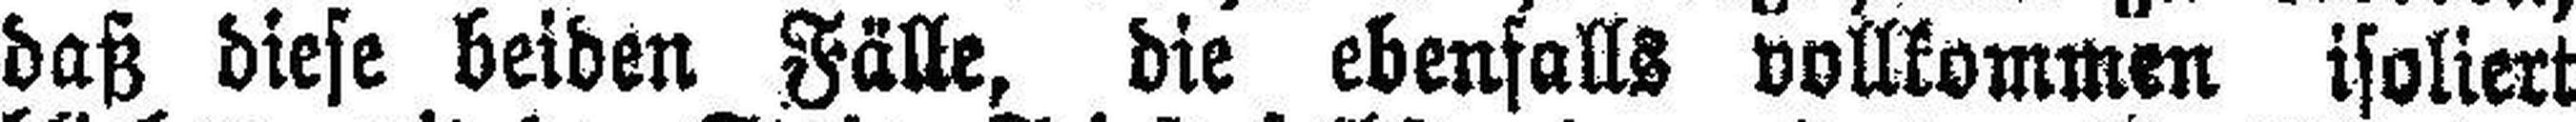
daß diese beiden Fälle, die ebenfalls vollkommen isoliert